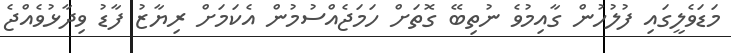
މަޑަވެލީގައި ފުލުހުން ގާއިމުވެ ނުތިބޭ ގޮތަށް ހަމަޖެއްސުމުން އެކަމަށް ރިޔާޒު ފާޑު ވިދާޅުވެއްޖެ